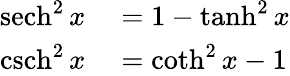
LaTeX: \begin{array}{rl}{\operatorname{sech}^{2}x}&{{}=1-\operatorname{tanh}^{2}x}\\ {\operatorname{csch}^{2}x}&{{}=\coth^{2}x-1}\end{array}